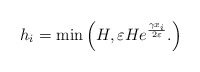
\begin{align*} h_i=\min\left(H, \varepsilon H e^{\frac{\gamma x_i}{2\varepsilon}}. \right) \end{align*}